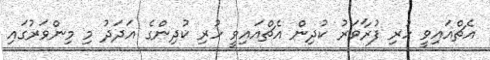
އެޗްއައިވީ ހުރި ފުރާވަރު ކުދިން އެޗްއައިވީ ހުރި ކުދިންގެ އަދަދު މި މިންވަރުގައި